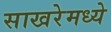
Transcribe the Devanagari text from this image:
साखरेमध्ये